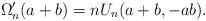
LaTeX: \begin{align*}\Omega_n'(a+b) = nU_n(a+b,-ab).\end{align*}